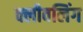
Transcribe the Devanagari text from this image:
क्लीवलिंग